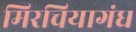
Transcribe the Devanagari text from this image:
मिरचियागंध